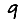
Digit: 9